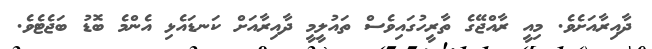
ދާއިރާއަށެވެ. މިއީ ރާއްޖޭގެ ތާރީހުގައިވެސް ތައުލީމީ ދާއިރާއަށް ކަނޑައެޅި އެންމެ ބޮޑު ބަޖެޓެވެ.